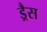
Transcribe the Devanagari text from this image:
ड्रैस